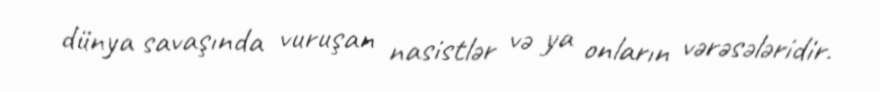
dünya savaşında vuruşan nasistlər və ya onların vərəsələridir.